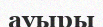
ауыры